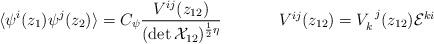
LaTeX: \begin{align*}\begin{array}{cc}\displaystyle{\langle \psi^{i}(z_{1})\psi^{j}(z_{2})\rangle = C_{\psi}\frac{V^{ij}(z_{12})}{(\det {\cal X}_{12})^{\frac{1}{2}\eta}}}~~~~&~~~~V^{ij}(z_{12})=V_{k}^{~j}(z_{12}){\cal E}^{ki}\end{array}\end{align*}